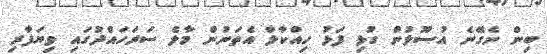
ބިން ނެގޭނެ އުސޫލުން ގުޅި ފަޅު ހިއްކާލާ އެތަނުން މާލެ ސަރަަހައްދުގައި ވިޔަފާރި